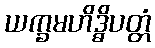
ယက္ခမဟိဒ္ဓိပတ္တံ